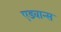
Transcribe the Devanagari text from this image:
एडवान्स